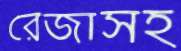
রেজাসহ